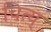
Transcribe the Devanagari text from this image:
चित्य्